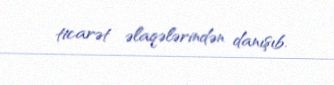
ticarət əlaqələrindən danışıb.